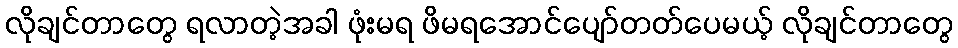
လိုချင်တာတွေ ရလာတဲ့အခါ ဖုံးမရ ဖိမရအောင်ပျော်တတ်ပေမယ့် လိုချင်တာတွေ